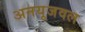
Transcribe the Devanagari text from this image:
अनयूजवल